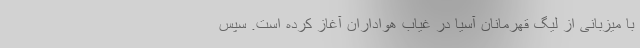
با میزبانی از لیگ قهرمانان آسیا در غیاب هواداران آغاز کرده است. سپس